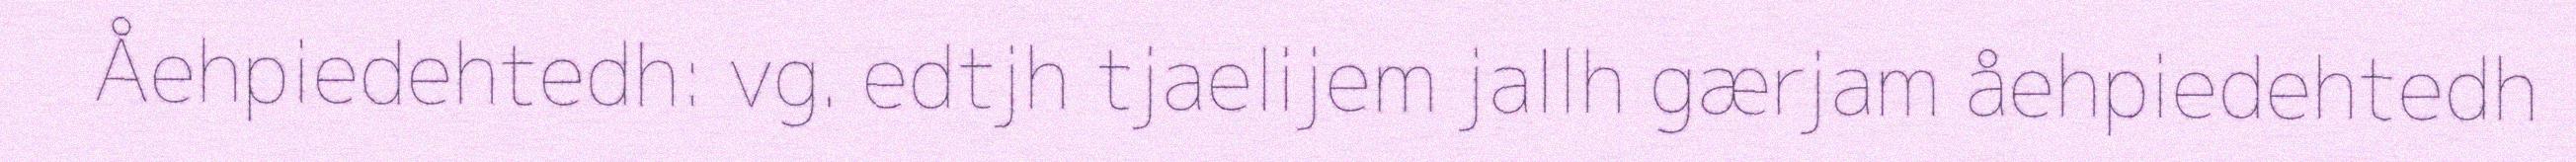
Åehpiedehtedh: vg. edtjh tjaelijem jallh gærjam åehpiedehtedh